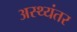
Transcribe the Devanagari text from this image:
अस्थ्यंतर